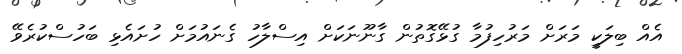
އެއް ބިލަކީ މަރަށް މަރުހިފުމާ ގުޅޭގޮތުން ގާނޫނަކަށް އިސްލާހު ގެނައުމަށް ހުށައެޅި ބަހުސްކުރެވޭ